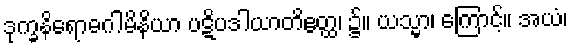
ဒုက္ခနိရောဓဂါမိနိယာ ပဋိပဒါယာတိဧတ္ထ၊ ၌။ ယသ္မာ၊ ကြောင့်။ အယံ၊